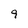
Character: 9